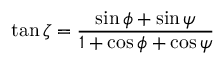
\tan \zeta = \frac { \sin \phi + \sin \psi } { 1 + \cos \phi + \cos \psi }